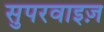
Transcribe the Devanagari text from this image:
सुपरवाइज़